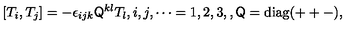
[ T _ { i } , T _ { j } ] = - \epsilon _ { i j k } \mathsf { Q } ^ { k l } T _ { l } , i , j , \cdots = 1 , 2 , 3 , , \mathsf { Q } = \mathrm { d i a g } ( + + - ) ,